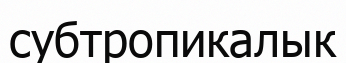
субтропикалык